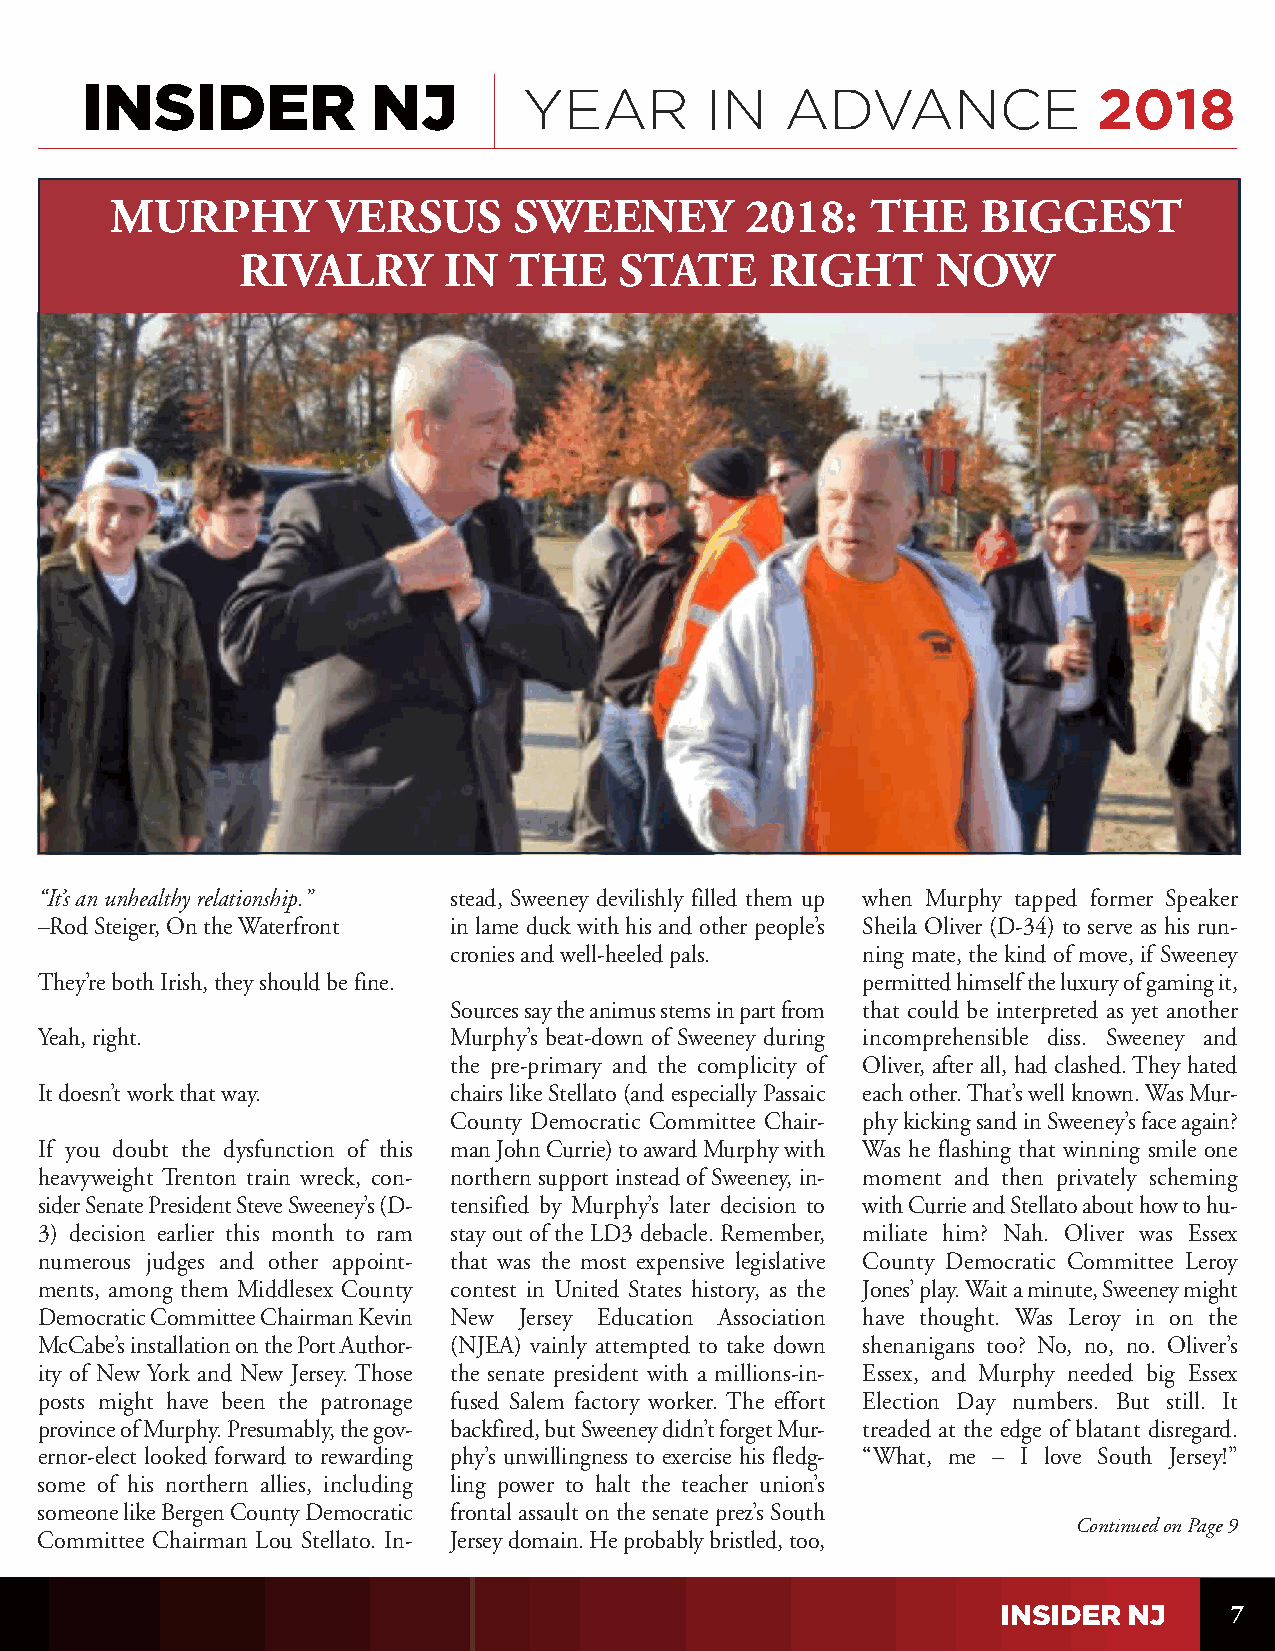
YEAR        IN   ADVANCE              2018
 MURPHY         VERSUS      SWEENEY        2018:    THE    BIGGEST
 RIVALRY      IN   THE    STATE     RIGHT      NOW
 “It’s an unhealthy relationship.” stead, Sweeney devilishly filled them up when Murphy tapped former Speaker
 –Rod Steiger, On the Waterfront in lame duck with his and other people’s Sheila Oliver (D-34) to serve as his run-
 cronies and well-heeled pals. ning mate, the kind of move, if Sweeney
 They’re both Irish, they should be fine.               permitted himself the luxury of gaming it,
 Sources say the animus stems in part from that could be interpreted as yet another
 Yeah, right.                Murphy’s beat-down of Sweeney during incomprehensible diss. Sweeney and
 the pre-primary and the complicity of Oliver, after all, had clashed. They hated
 It doesn’t work that way.   chairs like Stellato (and especially Passaic each other. That’s well known. Was Mur-
 County Democratic Committee Chair- phy kicking sand in Sweeney’s face again?
 If you doubt the dysfunction of this man John Currie) to award Murphy with Was he flashing that winning smile one
 heavyweight Trenton train wreck, con- northern support instead of Sweeney, in- moment and then privately scheming
 sider Senate President Steve Sweeney’s (D- tensified by Murphy’s later decision to with Currie and Stellato about how to hu-
 3) decision earlier this month to ram stay out of the LD3 debacle. Remember, miliate him? Nah. Oliver was Essex
 numerous judges and other appoint- that was the most expensive legislative County Democratic Committee Leroy
 ments, among them Middlesex County contest in United States history, as the Jones’ play. Wait a minute, Sweeney might
 Democratic Committee Chairman Kevin New Jersey Education Association have thought. Was Leroy in on the
 McCabe’s installation on the Port Author- (NJEA) vainly attempted to take down shenanigans too? No, no, no. Oliver’s
 ity of New York and New Jersey. Those the senate president with a millions-in- Essex, and Murphy needed big Essex
 posts might have been the patronage fused Salem factory worker. The effort Election Day numbers. But still. It
 province of Murphy. Presumably, the gov- backfired, but Sweeney didn’t forget Mur- treaded at the edge of blatant disregard.
 ernor-elect looked forward to rewarding phy’s unwillingness to exercise his fledg- “What, me – I love South Jersey!”
 some of his northern allies, including ling power to halt the teacher union’s
 someone like Bergen County Democratic frontal assault on the senate prez’s South
 Continued on Page 9
 Committee Chairman Lou Stellato. In- Jersey domain. He probably bristled, too,
 7